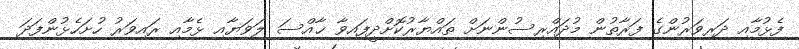
ފެޅުމާއި ދަރިވަރުންގެ ފަރާތުން މުދައްރިސުންނަށް ތައްޔާރުކޮށްދީފައިވާ ޚާއްސަ ލަވަޔާއި ޅެމާއި ރައިވަރު ހުށަހެޅުންފަދަ